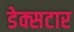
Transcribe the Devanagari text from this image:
डेक्सटार